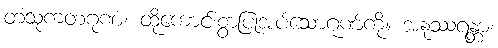
တံသုကတဂုဏံ၊ ထိုကောင်းစွာပြုအပ်သောဂုဏ်ကို။ အနုဿရန္တာ၊